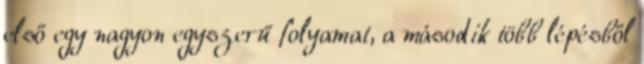
első egy nagyon egyszerű folyamat, a második több lépésből